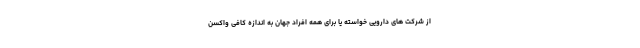
از شرکت های دارویی خواسته یا برای همه افراد جهان به اندازه کافی واکسن